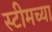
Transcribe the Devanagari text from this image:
स्टीमच्या